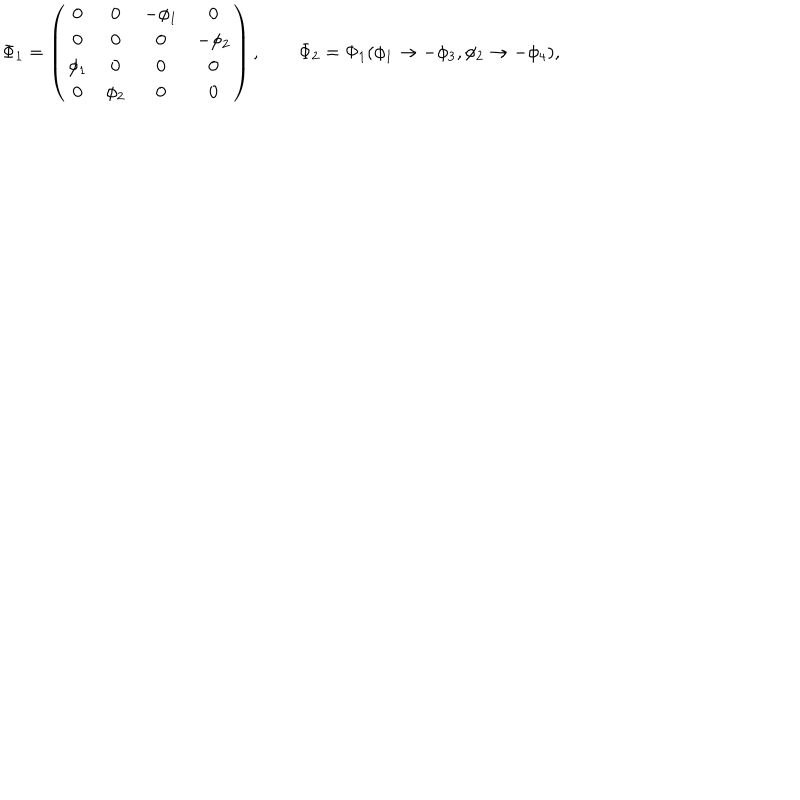
LaTeX: \Phi _ { 1 } = \left( \begin{array} { c c c c } { { 0 } } & { { 0 } } & { { - \phi _ { 1 } } } & { { 0 } } \\ { { 0 } } & { { 0 } } & { { 0 } } & { { - \phi _ { 2 } } } \\ { { \phi _ { 1 } } } & { { 0 } } & { { 0 } } & { { 0 } } \\ { { 0 } } & { { \phi _ { 2 } } } & { { 0 } } & { { 0 } } \\ \end{array} \right) , \qquad \Phi _ { 2 } = \Phi _ { 1 } ( \phi _ { 1 } \to - \phi _ { 3 } , \phi _ { 2 } \to - \phi _ { 4 } ) ,